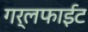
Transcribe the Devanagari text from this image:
गर्लफाईट